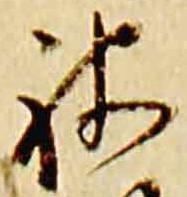
被